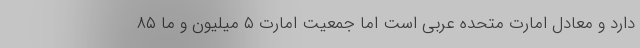
دارد و معادل امارت متحده عربی است اما جمعیت امارت ۵ میلیون و ما ۸۵